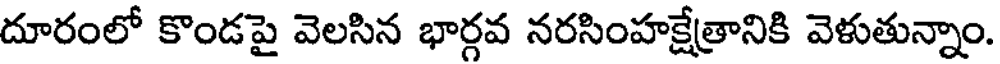
దూరంలో కొండపై వెలసిన భార్గవ నరసింహక్షేత్రానికి వెళుతున్నాం.